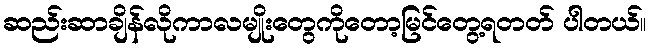
ဆည်းဆာချိန်လိုကာလမျိုးတွေကိုတော့မြင်တွေ့ရတတ် ပါတယ်။